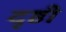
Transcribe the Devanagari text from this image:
दृष्ठी